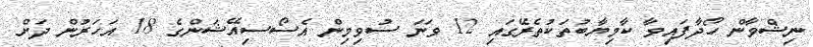
ނިޝްވާން ހޯދާފައިވާ ކާމިޔާބުތަކުތެރޭގައި 12 ވަނަ ސުވިމިން އެސޯސިއޭޝަންގެ 18 އަހަރުން ދަށް